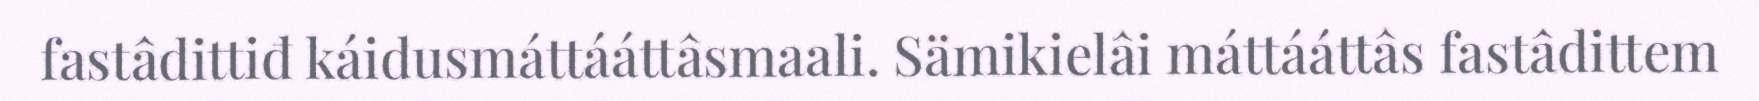
fastâdittiđ káidusmáttááttâsmaali. Sämikielâi máttááttâs fastâdittem